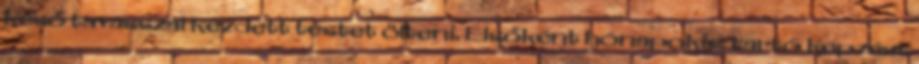
késő tavasszal kezdett testet ölteni. Elsőként hónapokig tartó képzést